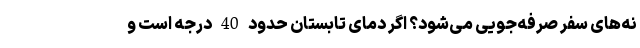
نه‌های سفر صرفه‌جویی می‌شود؟ اگر دمای تابستان حدود 40 درجه است و